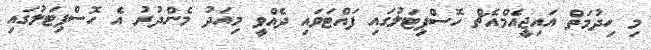
މި ހިދުމަތް އައިޖީއެމްއެޗް ހޮސްޕިޓަލުގައި ފައްޓަވައި ދެއްވީ މިއަދު މެންދުރު އެ ހޮސްޕިޓަލުގައި